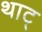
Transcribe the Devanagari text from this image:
थाट्